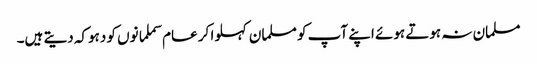
مسلمان نہ ہوتے ہوئے اپنے آپ کو مسلمان کہلوا کر عام سملمانوں کو دہوکہ دیتے ہیں۔